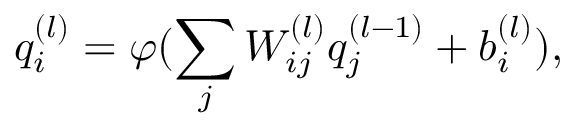
{ q } _ { i } ^ { ( l ) } = \varphi ( \sum _ { j } { W } _ { i j } ^ { ( l ) } { q } _ { j } ^ { ( l - 1 ) } + b _ { i } ^ { ( l ) } ) ,